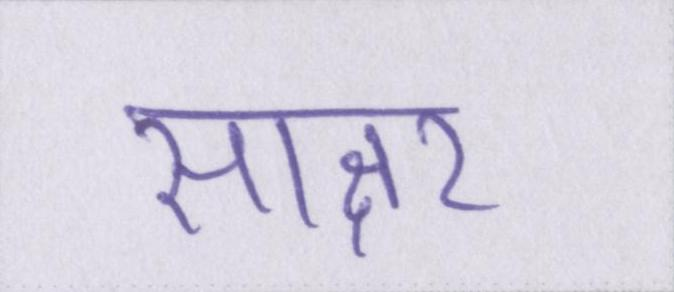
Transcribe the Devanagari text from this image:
साक्षर